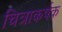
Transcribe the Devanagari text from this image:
चित्राकर्षक